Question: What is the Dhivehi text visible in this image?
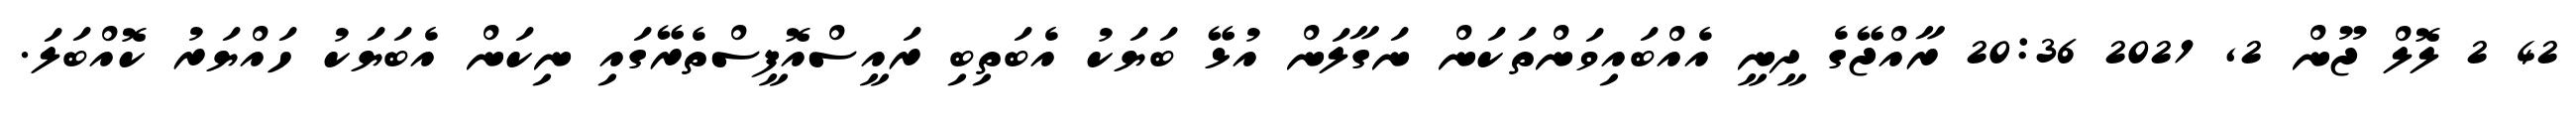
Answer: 42 2 ލޮލް ޖޫން 2, 2021 20:36 ރާއްޖޭގެ ދީނީ އެއްބައިވަންތަކަން ނަގާލަން އުޅޭ ބަޔަކު އެބަތިބި ރައީސްއޮފީސްތެރޭގައި ނިކަން އެބަޔަކު ހައްޔަރު ކޮއްބަލަ.